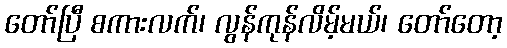
တော်ပြီ စကားလက်၊ လွန်ကုန်လိမ့်မယ်၊ တော်တော့